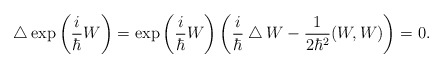
\begin{align*}\bigtriangleup \exp \left( \frac{i}{\hbar} W \right) =\exp \left( \frac{i}{\hbar} W \right) \left( \frac{i}{\hbar} \bigtriangleup W -\frac{1}{2 \hbar^2} (W,W) \right)=0.\end{align*}